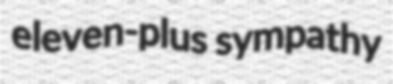
eleven-plus sympathy